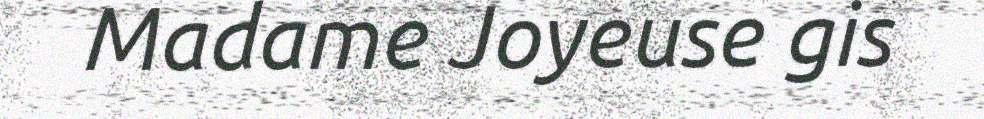
Madame Joyeuse gis